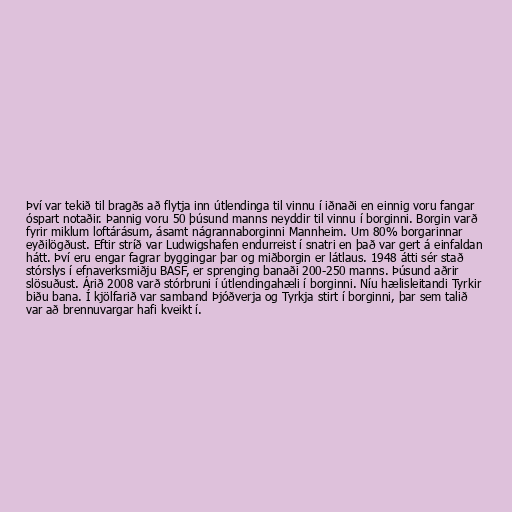
Því var tekið til bragðs að flytja inn útlendinga til vinnu í iðnaði en einnig voru fangar
óspart notaðir. Þannig voru 50 þúsund manns neyddir til vinnu í borginni. Borgin varð
fyrir miklum loftárásum, ásamt nágrannaborginni Mannheim. Um 80% borgarinnar
eyðilögðust. Eftir stríð var Ludwigshafen endurreist í snatri en það var gert á einfaldan
hátt. Því eru engar fagrar byggingar þar og miðborgin er látlaus. 1948 átti sér stað
stórslys í efnaverksmiðju BASF, er sprenging banaði 200-250 manns. Þúsund aðrir
slösuðust. Árið 2008 varð stórbruni í útlendingahæli í borginni. Níu hælisleitandi Tyrkir
biðu bana. Í kjölfarið var samband Þjóðverja og Tyrkja stirt í borginni, þar sem talið
var að brennuvargar hafi kveikt í.